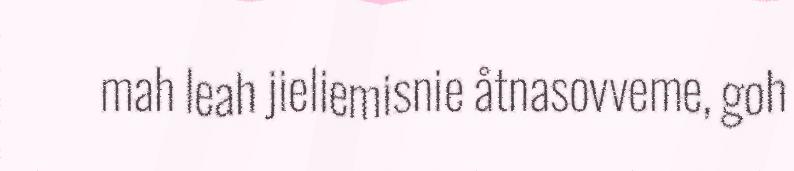
mah leah jieliemisnie åtnasovveme, goh